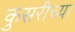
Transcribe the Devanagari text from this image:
कुसरीच्या